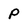
Character: P